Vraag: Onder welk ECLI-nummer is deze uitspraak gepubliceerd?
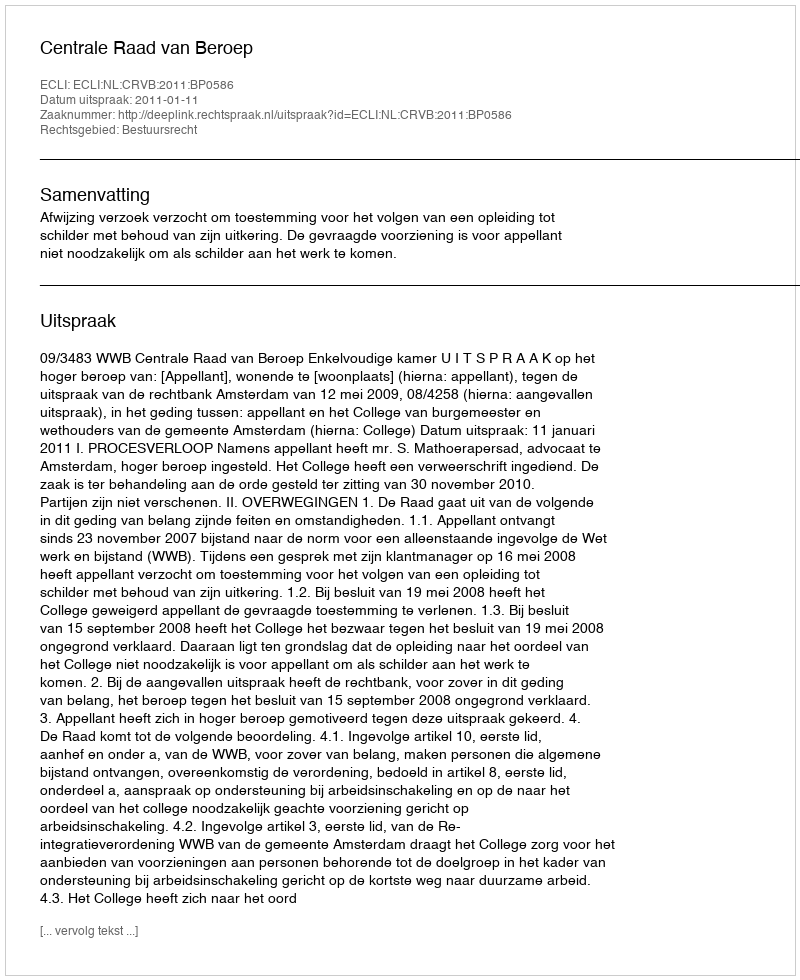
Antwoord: ECLI:NL:CRVB:2011:BP0586